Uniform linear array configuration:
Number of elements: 48
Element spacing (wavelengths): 0.25
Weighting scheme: kaiser
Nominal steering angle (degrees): -30
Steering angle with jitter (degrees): -31.123
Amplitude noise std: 0.05
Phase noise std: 0.05

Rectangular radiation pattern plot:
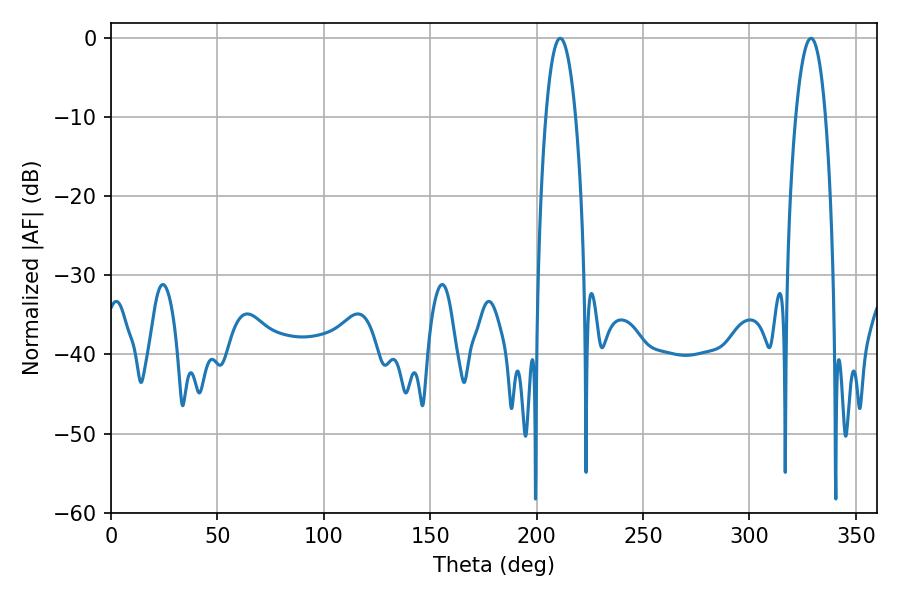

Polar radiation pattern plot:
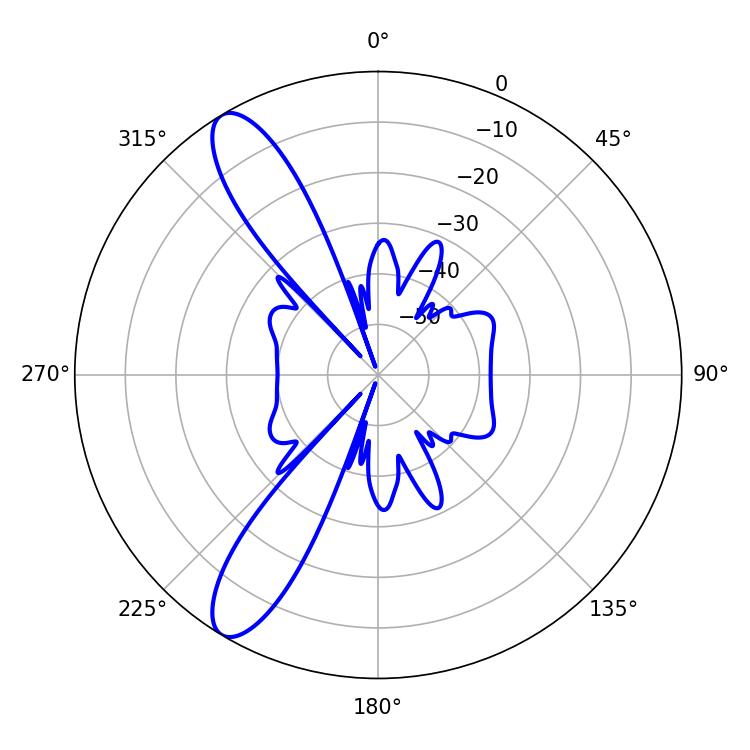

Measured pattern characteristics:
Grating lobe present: FALSE
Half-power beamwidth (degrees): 7.92
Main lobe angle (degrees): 211.14